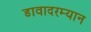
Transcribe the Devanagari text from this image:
डावादरम्यान